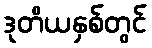
ဒုတိယနှစ်တွင်